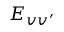
E _ { v v ^ { \prime } }